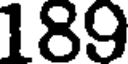
189